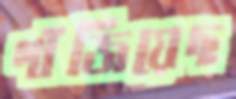
গাঁজিয়েছ